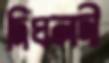
দিঘলদী